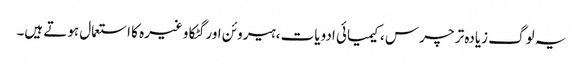
یہ لوگ زیادہ تر چرس ،کیمیائی ادویات ،ہیروئن اور گٹکا وغیرہ کا استعمال ہوتے ہیں۔